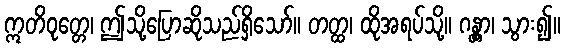
ဣတိဝုတ္တေ၊ ဤသို့ပြောဆိုသည်ရှိသော်။ တတ္ထ၊ ထိုအရပ်သို့။ ဂန္တွာ၊ သွား၍။